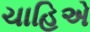
ચાહિએ